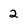
Character: 2